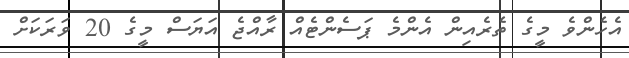
އެހެންވެ މީގެ ތެރެއިން އެންމެ ޕަސެންޓެއް ރާއްޖެ އަޔަސް މީގެ 20 ވަރަކަށް